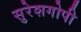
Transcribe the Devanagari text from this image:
सुरेशगोपी